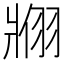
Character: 𬌇